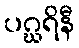
ပဂ္ဃရိနီ